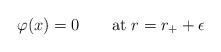
LaTeX: \begin{align*}\varphi(x)=0\qquad {\rm at}\;r=r_++\epsilon\end{align*}